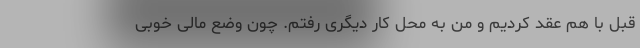
قبل با هم عقد کردیم و من به محل کار دیگری رفتم. چون وضع مالی خوبی